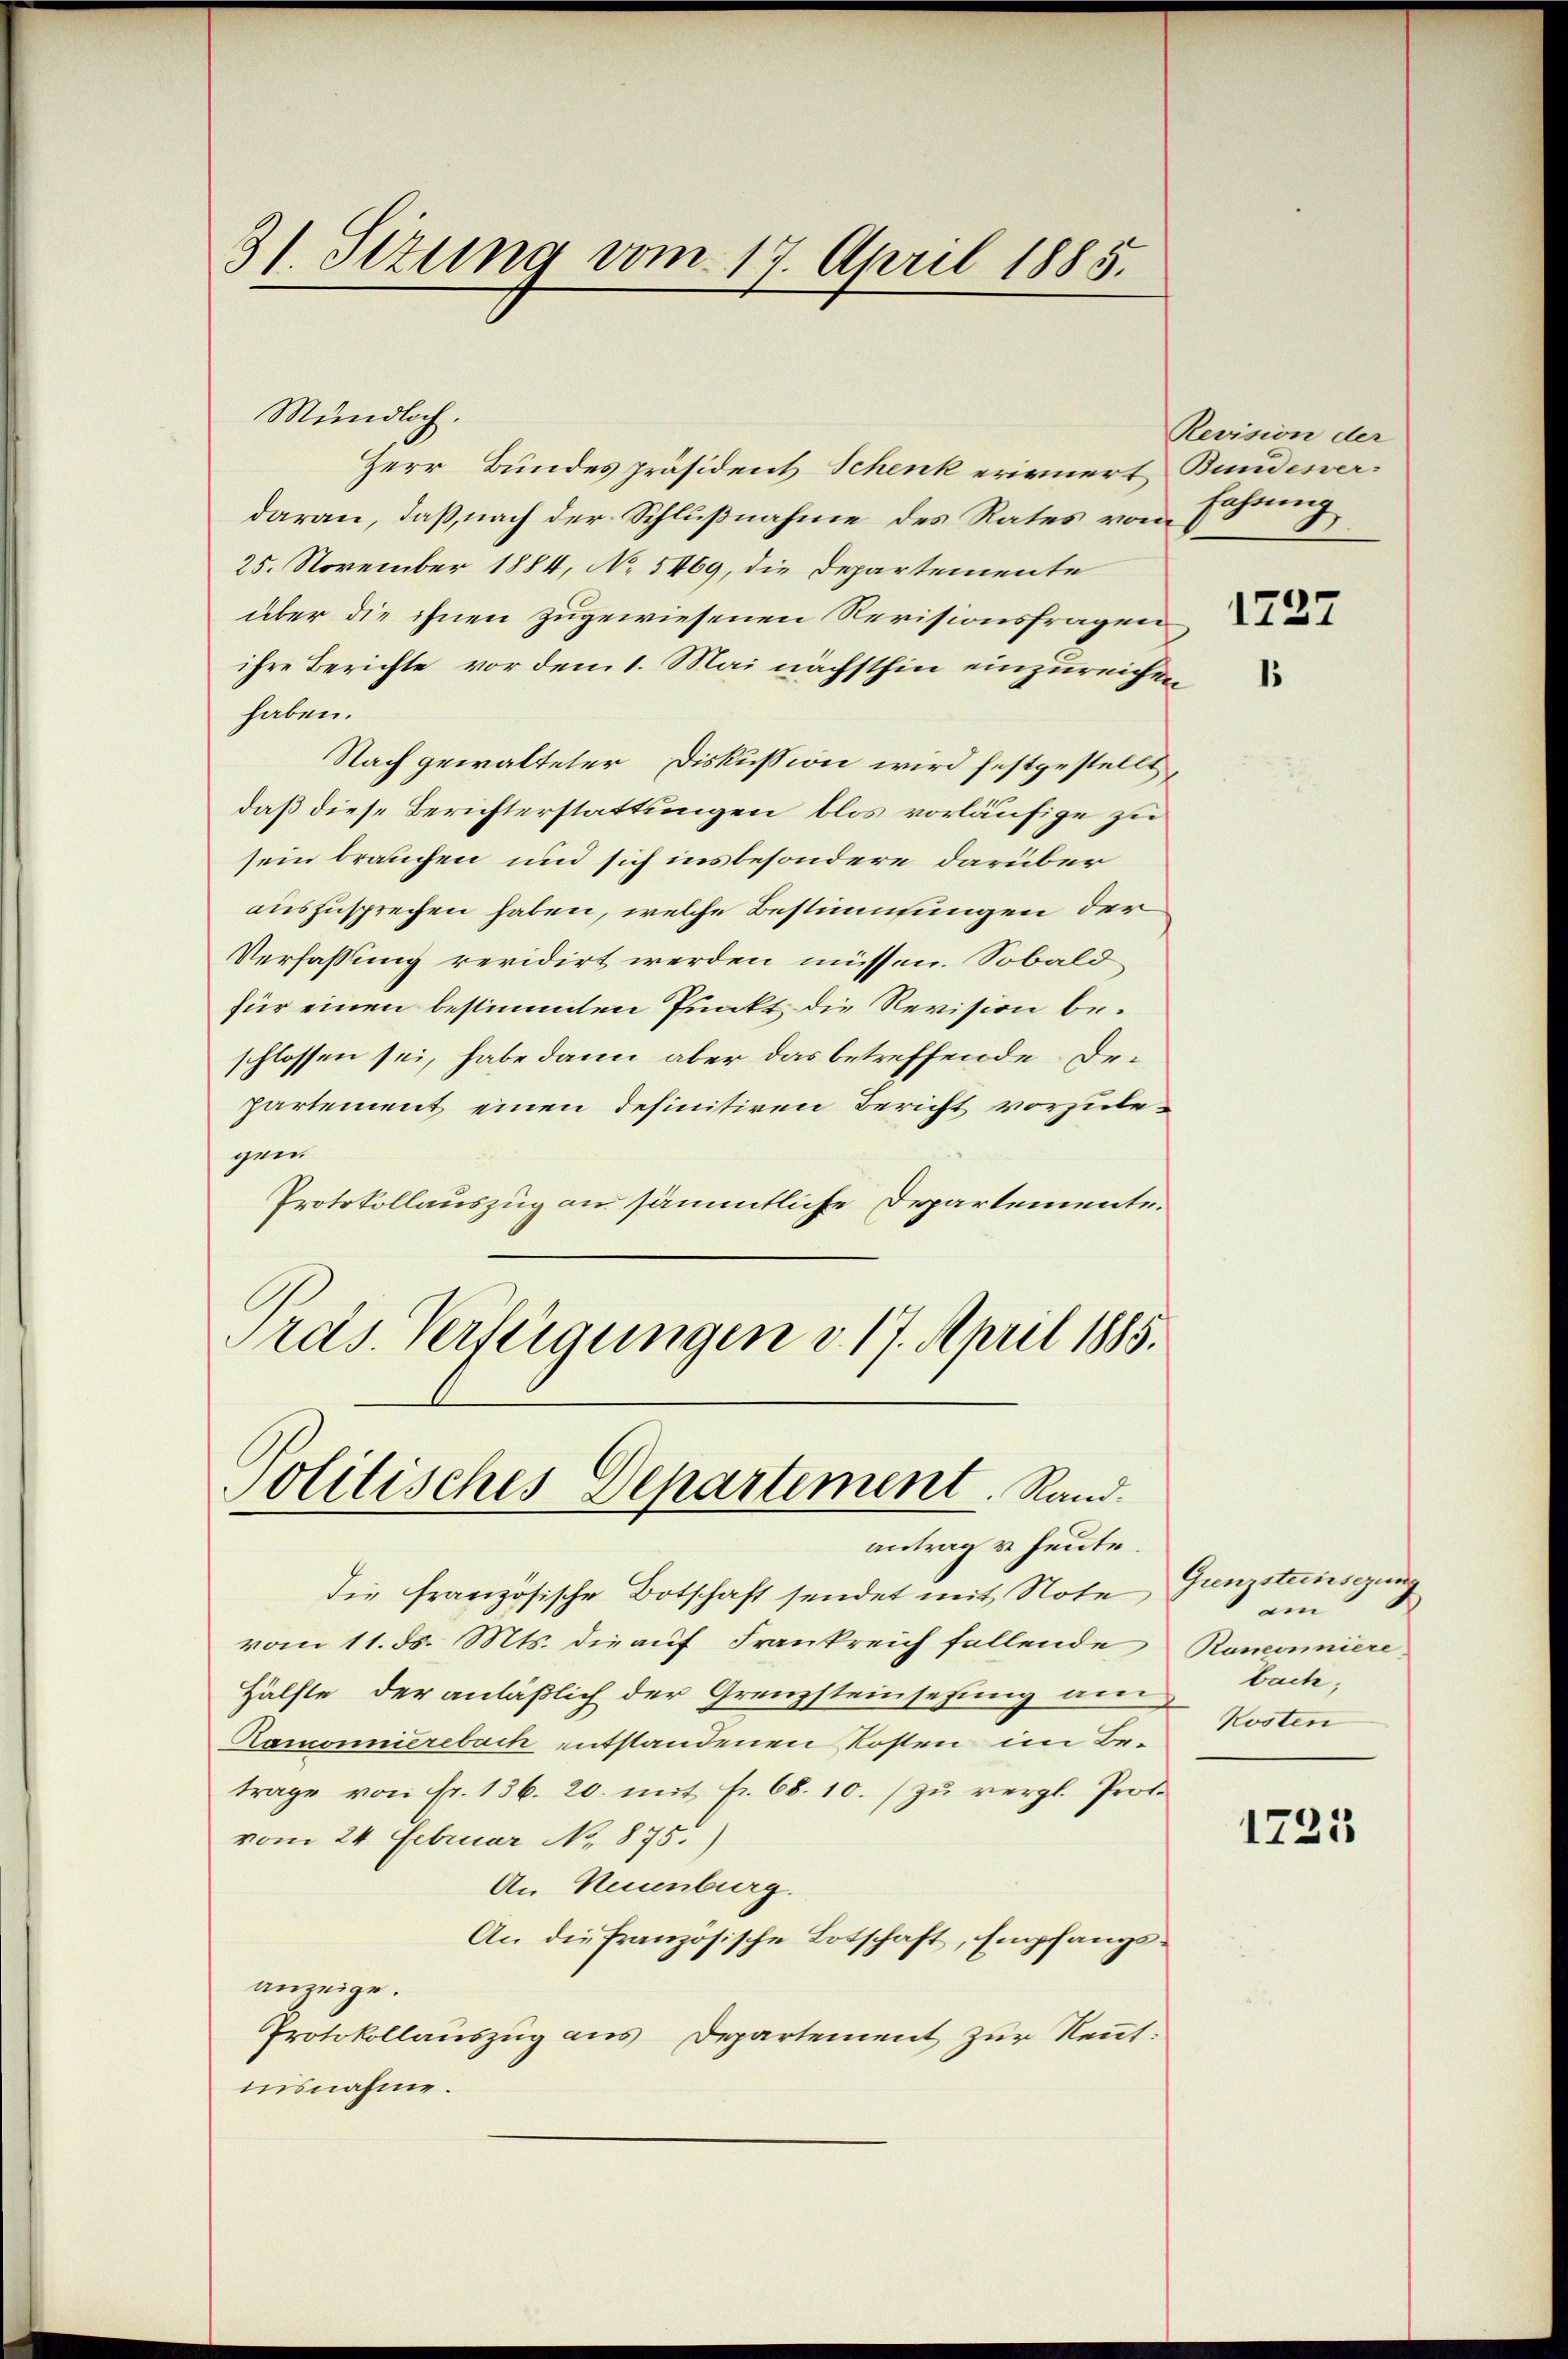
31. Sizung vom 17. April 1885.

Mundloch.
Herr Bundes präsident Schenk erinnert Bundesverdaran, daß, nach der Schlußnahme des Rates vom
25. November 1884, No 5469, die Departemente
über die ihnen zugewiesenen Revisionsfragen
ihre Berichte vor dem 1. Mai nächsthin einzureichen
haben.
Nach gewalteter Diskussion wird festgestellt,
daß diese Berichterstattungen blos vorläufige zu
sein brauchen und sich insbesondere darüber
auszusprechen haben, welche Bestimmungen der
Verfassung revidirt werden müssen. Sobald
für einen bestimmten Punkt die Revision beschlossen sei, habe dann aber das betreffende Departement einen definitiven Bericht vorzulegen.
Protokollauszug an sämmtliche Departemente.
Präs. Verfeigungen v. 17. April 1885.

Politisches Departement. Rand.

antrag u. heute.
die französische Botschaft sendet mit Note,
vom 11. d. Mts. die auf Frankreich fallende Ronconiere
Hälfte, der anläßlich der Grenzsteinsetzung am
Ramonnierebach entstandenen Kosten im Betrage von fr. 136. 20. mit fr. 68. 10. (zu vergl. Proto
vom 24. Februar No. 875.)
An Neuenburg.
An die französische Botschaft, Empfangsanzeige.
Protokollauszug aus Departement zur Rentisnahme.

Revision der
fahrung
1

1.

Gunzsteinigung
am
bach,
Kosten

1725